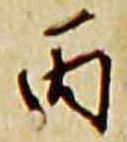
丙